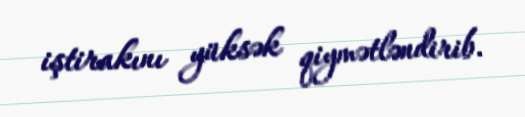
iştirakını yüksək qiymətləndirib.